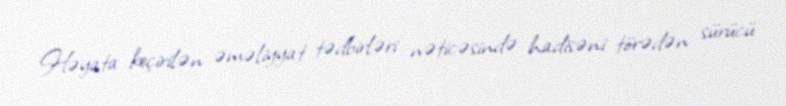
Həyata keçirilən əməliyyat tədbirləri nəticəsində hadisəni törədən sürücü